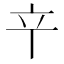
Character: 䇂